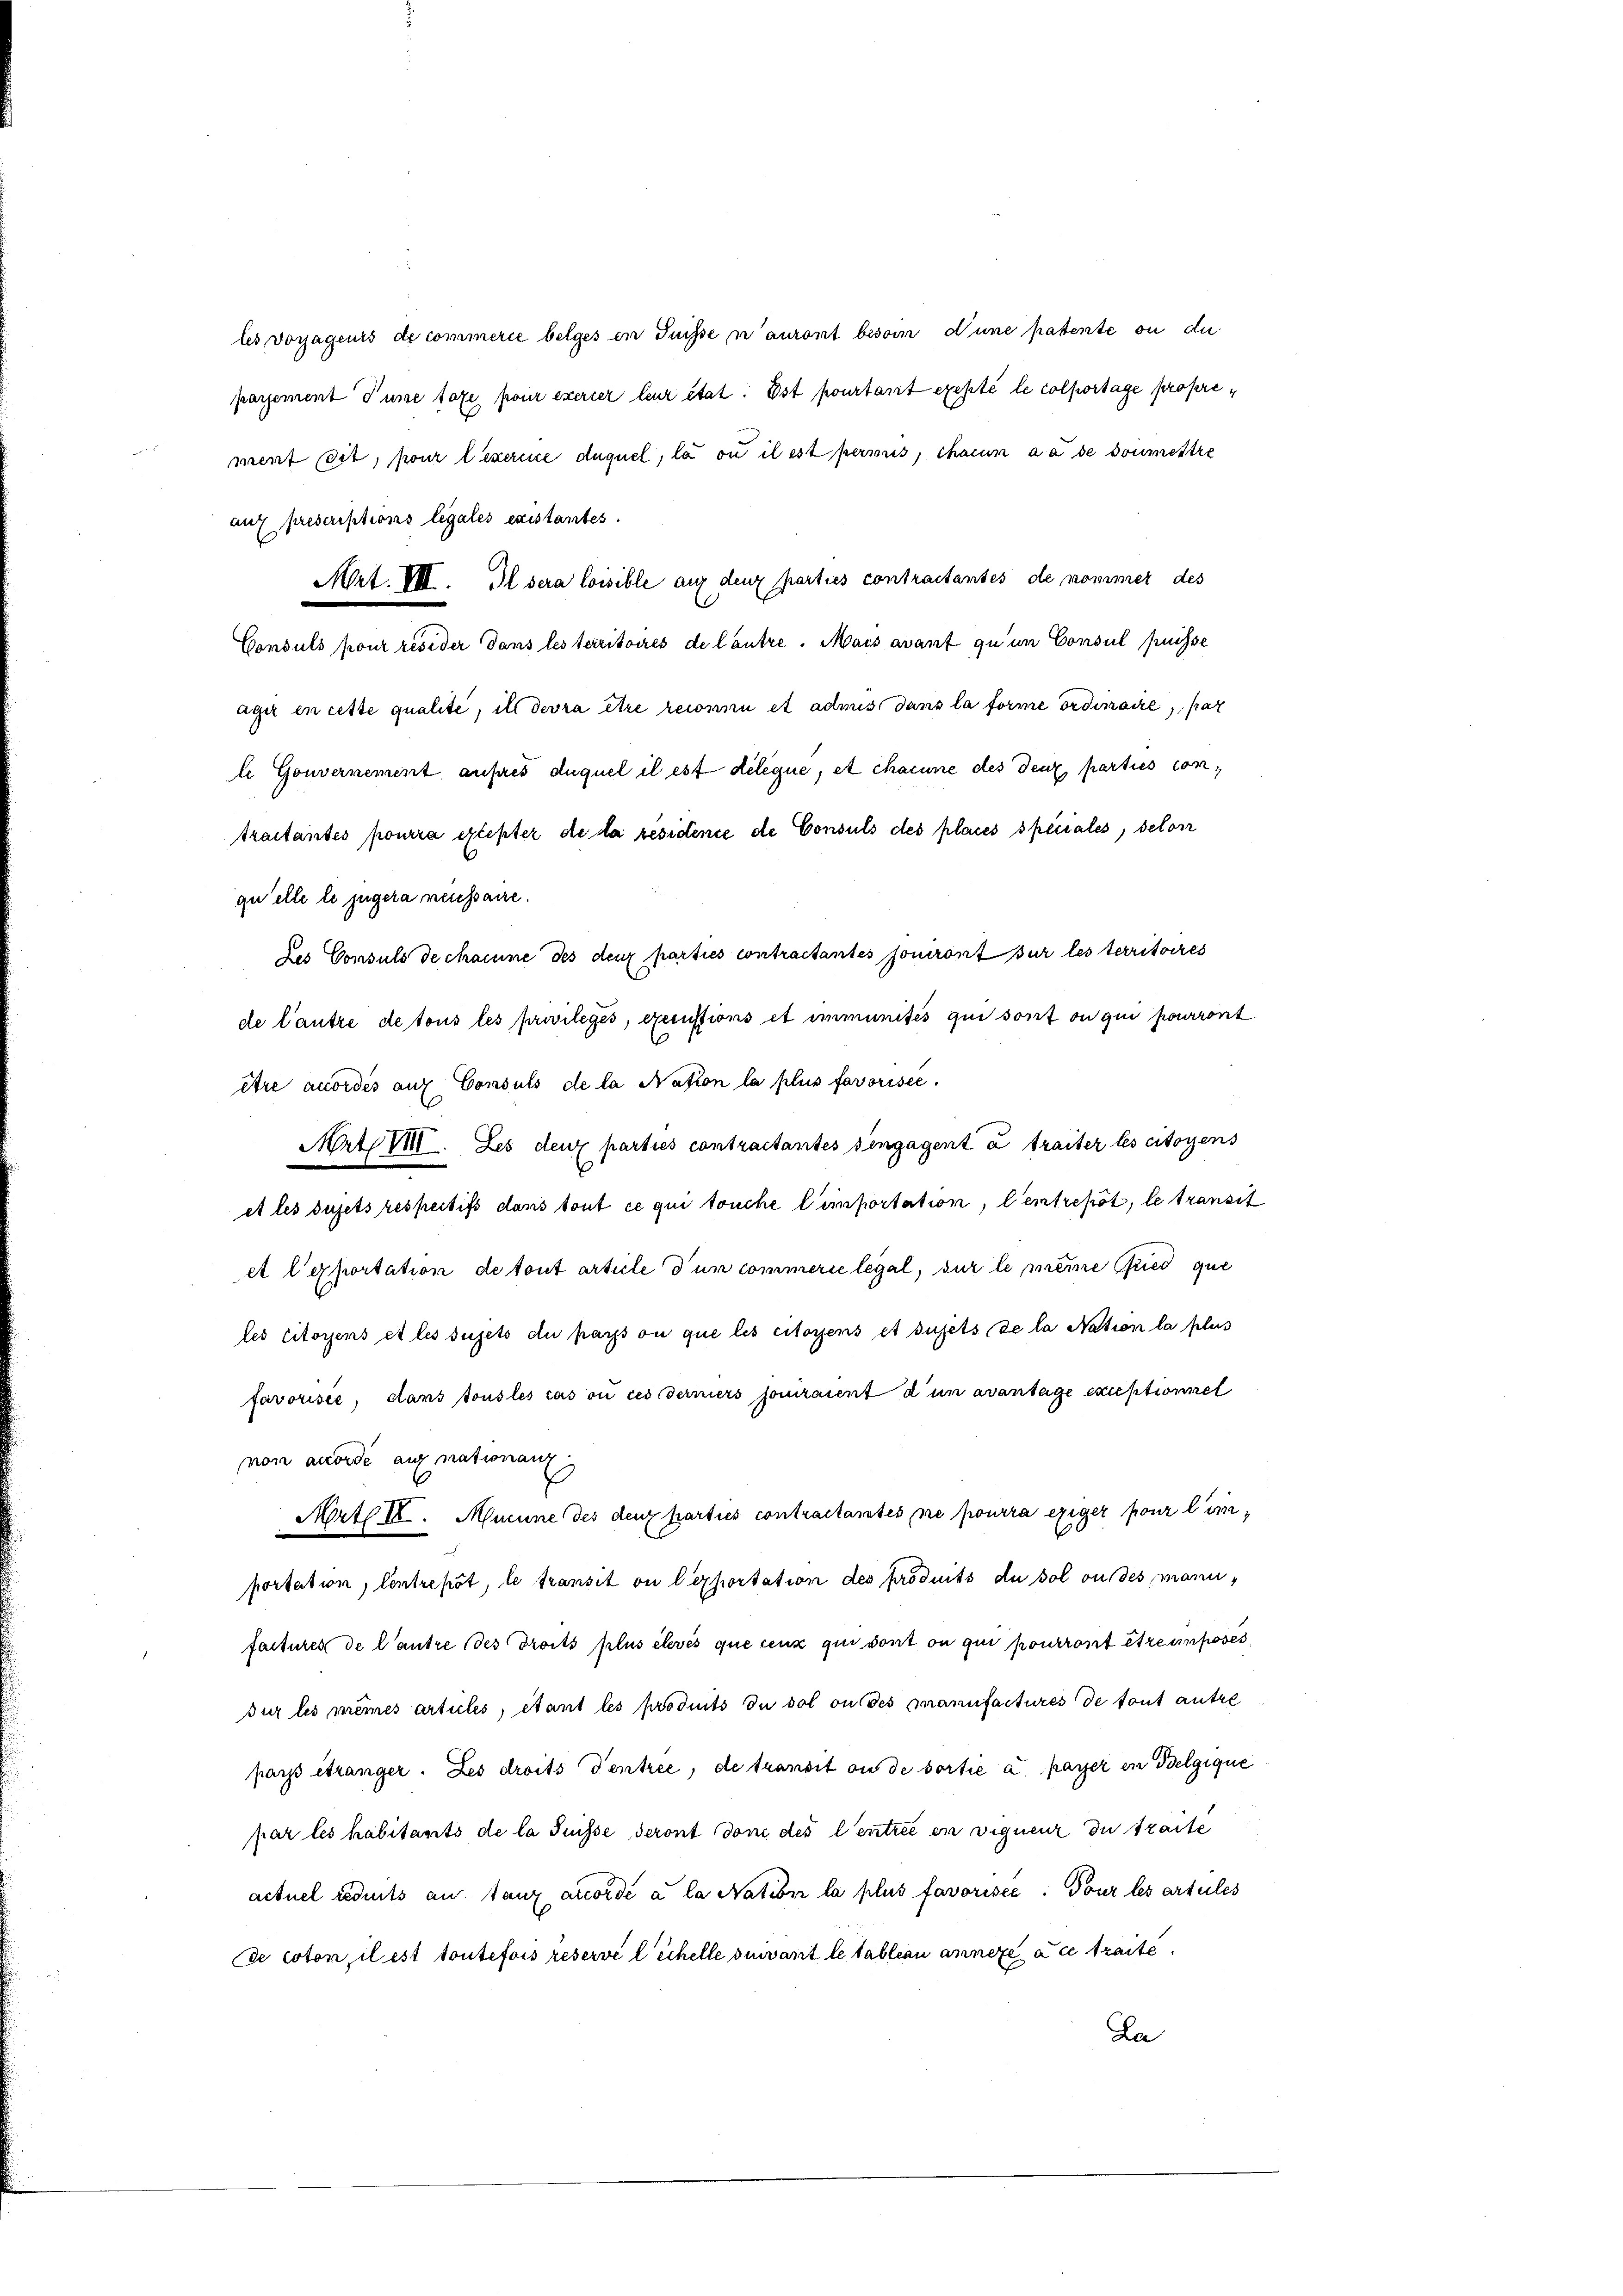
traitantes pourra exister de la residenie de Consuls des places speciales, selon
qu’elle le jugera necessaire.
des Consuls de channe des den parties contractantes jouiront sur les territoires
de l’autre de tous les privileges, executions et immunités qui sont ou qui pourront
être accordés auf Consuls de la Nation la plus favorisée.
Art. Les deux parties contractantes vengagent à traiter les citoyens
et les sujets respectifs dans tout ce qui touche l’importation, l’entrepot, le transit
et l’exportation de tout article d’un commerie legal, sur le meine Fried que
les citoyens et les sujets du pars ou que les citoyens et sujets de la Nation la plus
favorisée, dans tous les cas ou ces derniers jouiraient d’un avantage exceptionnel
non anorde angnationanz
Mrth. Mucune des denz parties contractantes ne pourra exiger pour linportation, Centrepot, le transit ou l'exportation des produits du sol ou des manufactures de l’autre des droits plus élevés que ceux qui dont ou qui pourront être imposes,
dur les mêmes articles, étant les produits du dol ou des manufactures de tout autre
pays étranger. Les droits Tentree, de transit ou de sortie a payer in Belgique
par les habitants de la Suisse deront don des l’entrić in viequenz du traite
actuel réduits an tanz accordé a la Nation la plus favorisée. Tour les artules
de coton, il est toutefois réservé lichelle suivant le tableau annexé à ce traite.
La

Mrt. VII. Il sera loisible auf den parties contraitantes de nommer des
äger en cette qualité, il devra être reconnu et admis dans la forme ordinaire, par
l Gouvernement aufes duquel il est dileque, et chacune des deux parties con¬

aux prescriptions legales existantes.

Consuls pour resider dans les territoires de lautre. Mais avant qu’un Consul puisse

les vorjageurs de commerie belges in Suisse n’auront besoin d’une patente ou die
parsement Tusse tate pour exercer leur état. Est pourtant exepté le colportage proprement seit, pour lexerce duquel, la ou il est persons, chacun da de soumettre